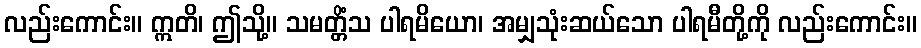
လည်းကောင်း။ ဣတိ၊ ဤသို့။ သမတ္တိံသ ပါရမိယော၊ အမျှသုံးဆယ်သော ပါရမီတို့ကို လည်းကောင်း။